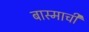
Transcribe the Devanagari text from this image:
बास्माची